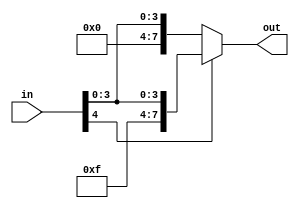
////////////////////////////////////////////////////////////////////////////////
// 2ECOM.023 - Laboratorio de Arquitetura e Organizacao de Computadores 1
// Modulo - SignExtension5bits.v
// Descricao - Extensor de sinal para entradas de 5 bits
//
// Entradas:
// in: Entrada que necessita de extensao
//
// Saidas:
// out: Saida estendida
//
// Funcionamento: A partir da entrada de um vetor com bits menores, ocorre uma concatenacao
// para complementar e tornar a entrada em 8 bits. Essa extensao realiza o processo
// de reconhecimento de sinal binario proveniente da instrucao.
////////////////////////////////////////////////////////////////////////////////

module SignExtension5bits(in,out);
input [4:0] in;
output reg [7:0] out;

reg [2:0] extend1 = 3'b000;
reg [2:0] extend2 = 3'b111;

always @(in)
	begin
		if (in[4]) begin
			out = {extend2, in};
		end
		else
		begin
			out = {extend1, in};
		end
	end
endmodule